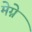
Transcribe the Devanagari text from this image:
मेग्ने